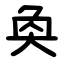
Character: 奐